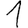
Digit: 1